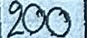
200